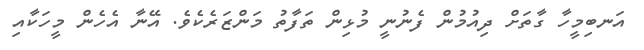
އަނބިމީހާ ގާތަށް ދިއުމުން ފެނުނީ މުޅިން ތަފާތު މަންޒަރެކެވެ. އޭނާ އެހެން މީހަކާއި